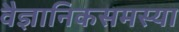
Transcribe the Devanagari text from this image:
वैज्ञानिकसमस्या